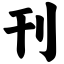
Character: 刊